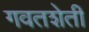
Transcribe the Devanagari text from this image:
गवतशेती